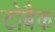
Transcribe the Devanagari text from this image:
टोबैक